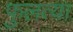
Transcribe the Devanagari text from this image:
फुलत्या